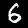
Label: 6